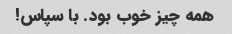
همه چیز خوب بود. با سپاس!